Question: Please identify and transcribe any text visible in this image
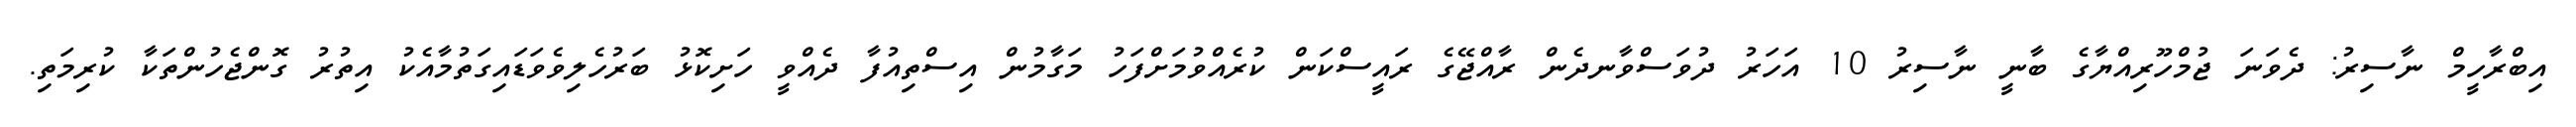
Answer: އިބްރާހީމް ނާސިރު: ދެވަނަ ޖުމްހޫރިއްޔާގެ ބާނީ ނާސިރު 10 އަހަރު ދުވަސްވާނދެން ރާއްޖޭގެ ރައީސްކަން ކުރެއްވުމަށްފަހު މަގާމުން އިސްތިއުފާ ދެއްވީ ހަށިކޮޅު ބަރުހެލިވެވަޑައިގަތުމާއެކު އިތުރު ގޮންޖެހުންތަކާ ކުރިމަތި.